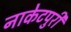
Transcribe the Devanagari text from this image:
नाकेटपुरी